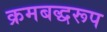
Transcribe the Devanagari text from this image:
क्रमबद्धरूप